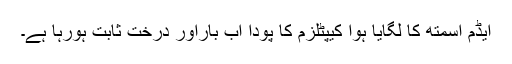
ایڈم اسمتھ کا لگایا ہوا کیپٹلزم کا پودا اب بارآور درخت ثابت ہورہا ہے۔